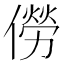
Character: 僗